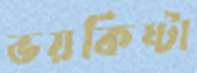
ভয়কিষ্টা